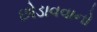
છોડાવવાનો